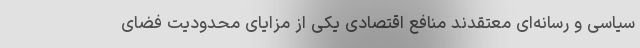
سیاسی و رسانه‌ای معتقدند منافع اقتصادی یکی از مزایای محدودیت فضای